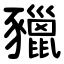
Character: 䝓